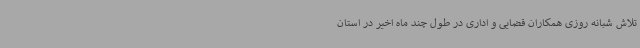
تلاش شبانه روزی همکاران قضایی و اداری در طول چند ماه اخیر در استان